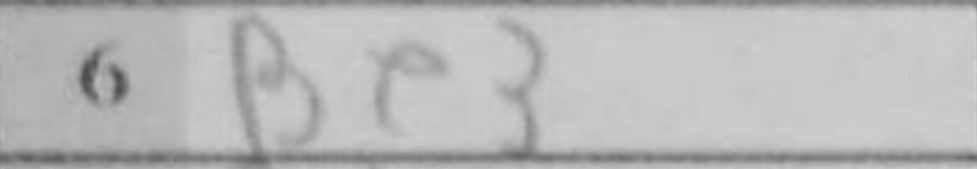
Transcription: Be3